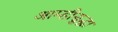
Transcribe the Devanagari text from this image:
आम्हीसुद्धा